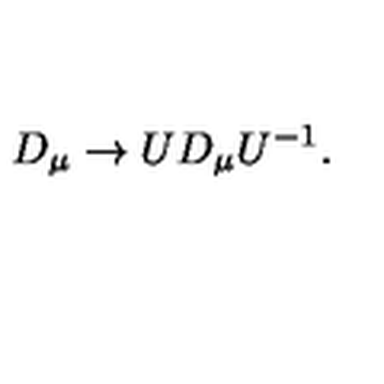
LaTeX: D _ { \mu } \rightarrow U D _ { \mu } U ^ { - 1 } { . }